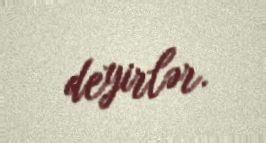
deyirlər.